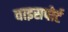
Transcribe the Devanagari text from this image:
वाइसपोर्ट